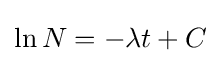
\ln N=-\lambda t+C